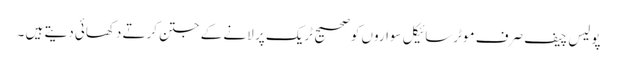
پولیس چیف صرف موٹرسائیکل سواروں کوصحیح ٹریک پر لانے کے جتن کرتے دکھائی دیتے ہیں ۔